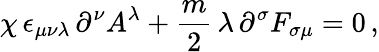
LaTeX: \chi\, \epsilon_{\mu\nu\lambda}\, \partial^{\nu}A^{\lambda}+\frac{m}{2}\, \lambda\, \partial^{\sigma}F_{\sigma\mu}=0\, ,